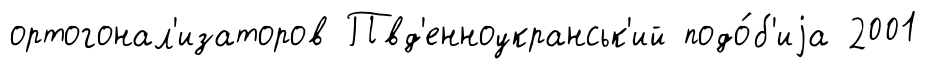
ортогонал'изаторов Пвд'енноукранськ'ий подо́б'иjа 2001